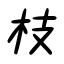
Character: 枝